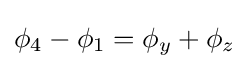
\phi _{4}-\phi _{1}=\phi _{y}+\phi _{z}